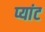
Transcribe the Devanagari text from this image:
प्यांट